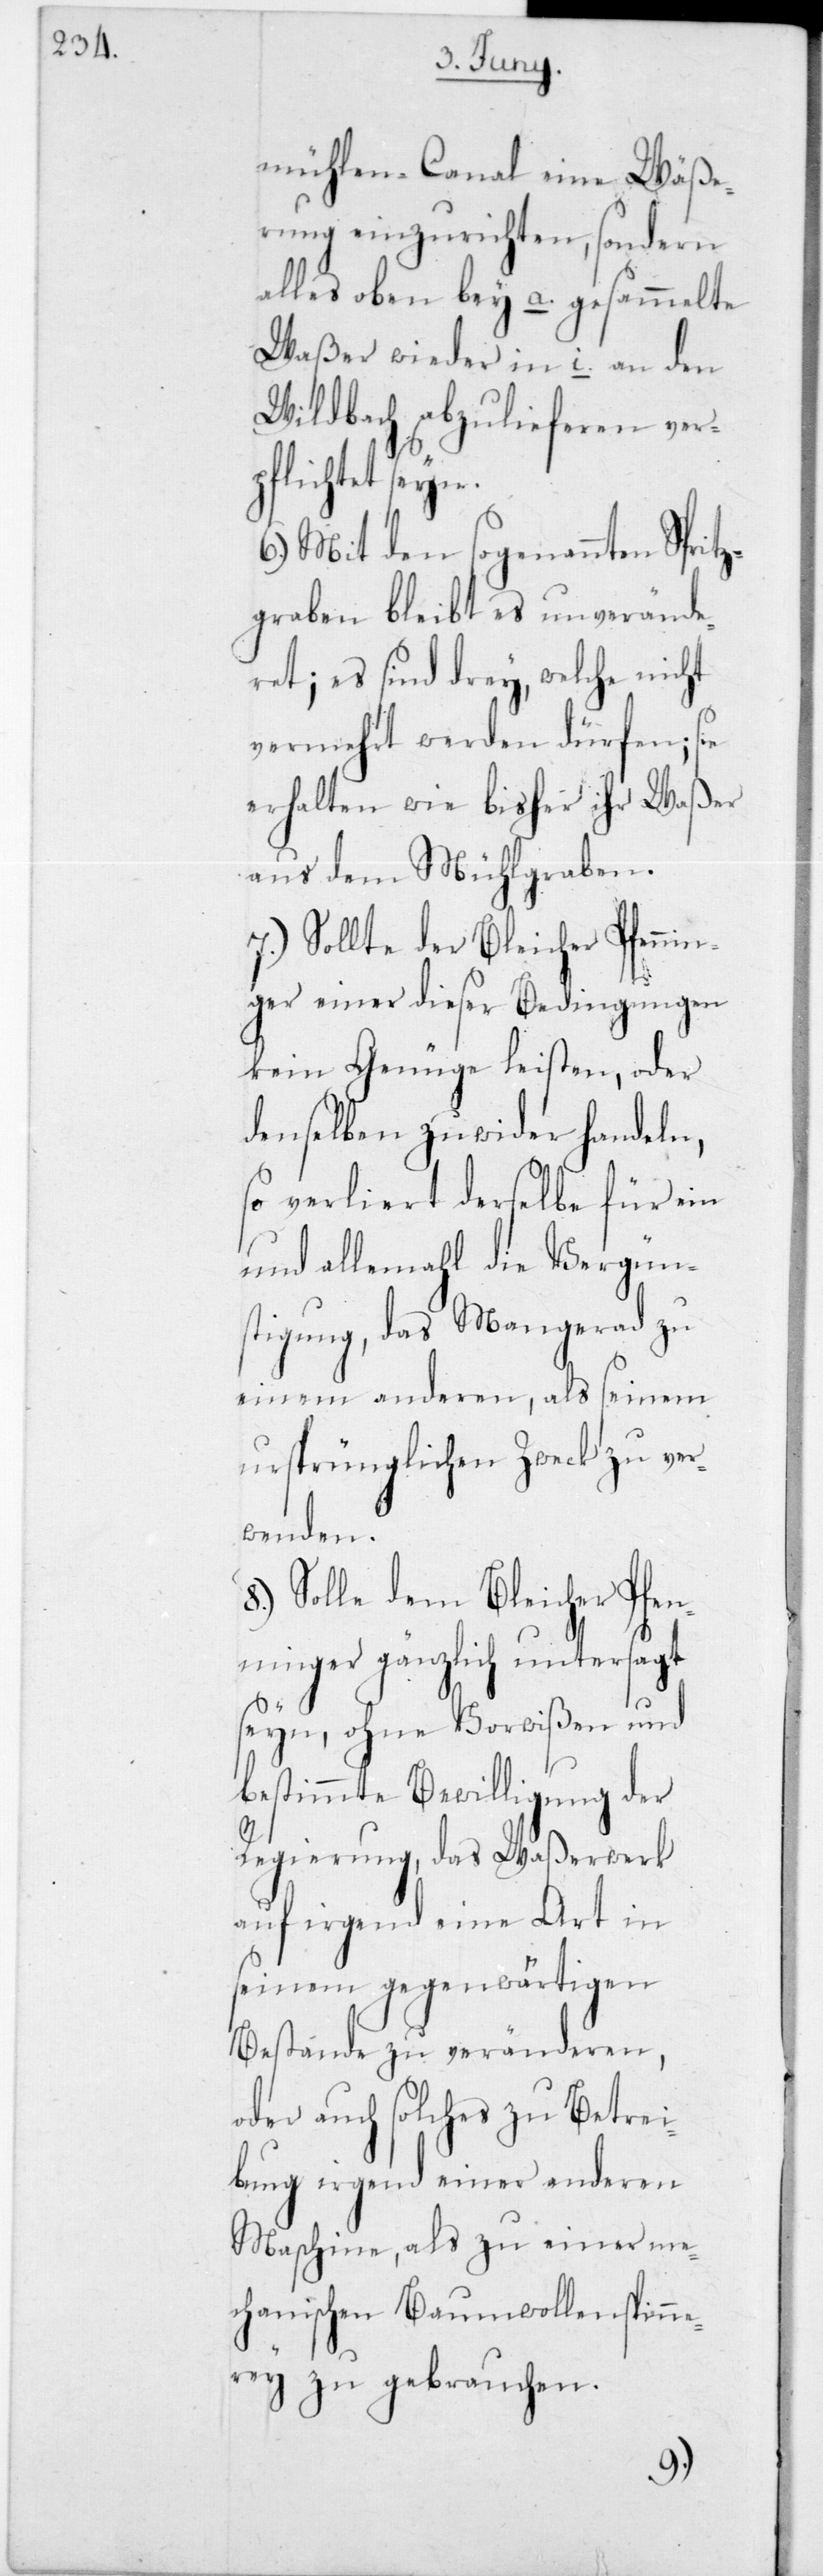
mühlen-Canal eine Wäße¬
rung einzurichten, sondern
alles oben bey a. gesammelte
Waßer wieder in i. an den
Wildbach abzulieferen ver¬
pflichtet seyn.
6.) Mit dem sogenannten Spritz¬
graben bleibt es unverände¬
ret; es sind drey, welche nicht
vermehrt werden dürfen; sie
erhalten wie bisher ihr Waßer
aus dem Mühlgraben.
7.) Sollte der Bleicher Pfennin¬
ger einer dieser Bedingungen
kein Genügen leisten, oder
denselben zuwider handeln,
so verliert derselbe für ein
und allemahl die Vergün¬
stigung, das Mangerad zu
einem anderen, als seinem
ursprünglichen Zweck zu ver¬
wenden.
8.) Solle dem Bleicher Pfen¬
ninger gänzlich untersagt
seyn, ohne Vorwißen und
bestimmte Bewilligung der
Regierung, das Waßerwerk
auf irgend eine Art in
seinem gegenwärtigen
Bestande zu veränderen,
oder auch solches zu Betrei¬
bung irgend einer anderen
Maschine, als zu einer me¬
chanischen Baumwollenspinne¬
rei zu gebrauchen.